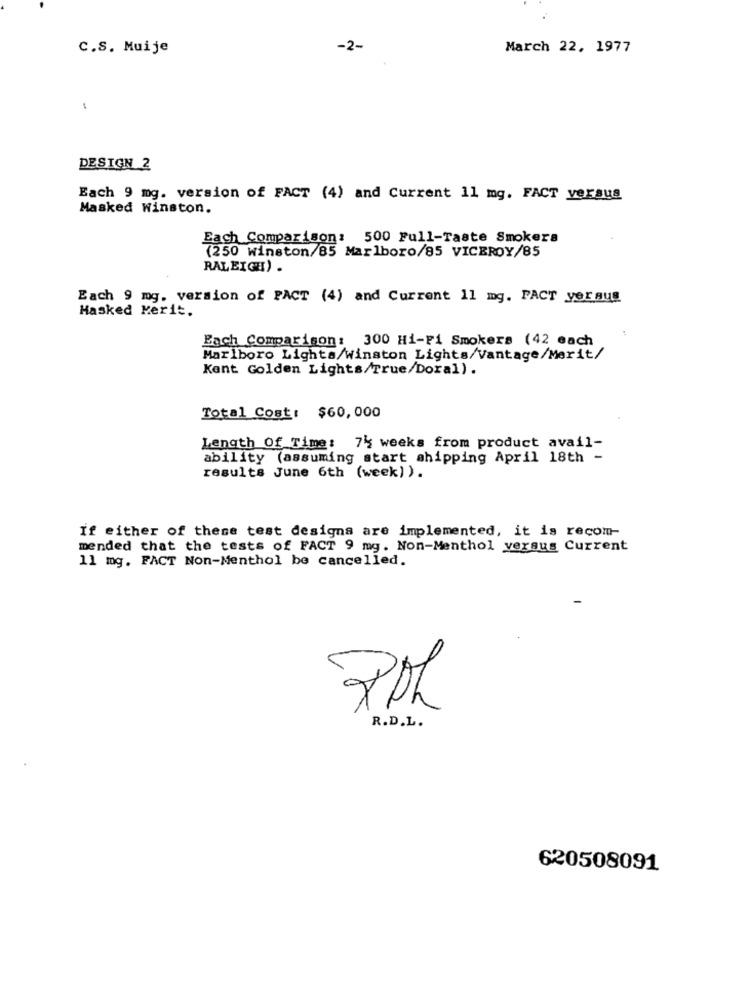
C.S. Muije
March 22, 1977
1
DESIGN 2
Each 9 mg. version of FACT (4) and Current 11 mg. FACT versus
Masked Winston.
Each Comparison: 500 Full-Taste Smokers
(250 winston/85 Marlboro/85 VICEROY/85
RALEIGH) .
Each 9 mg. version of PACT (4) and Current 1l mg. FACT yer aus
Hasked Merit.
Each Comparison: 300 Hi-Fi Smokers (42 each
Marlboro Lights/Winston Lights/Vantage/Merit/
Kent Golden Lights/True/Doral).
Total Cost: $60, 000
Length Of Time: 74 weeks from product avail-
ability (assuming start shipping April 18th -
results June 6th (week) ).
If either of these test designa are implemented, it is recom-
mended that the tests of FACT 9 mg. Non-Menthol versus Current
11 mg. FACT Non-Menthol be cancelled.
R.D.L.
620508091